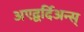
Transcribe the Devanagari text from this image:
अएद्वर्दिअन्स्